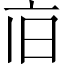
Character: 𪜢